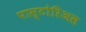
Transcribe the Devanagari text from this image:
पास्टोरिअस